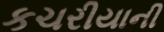
કચરીયાની